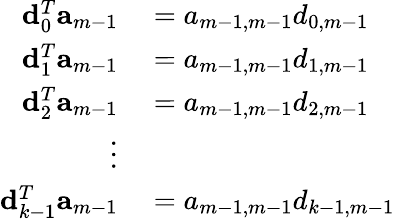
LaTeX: \begin{array}{rl}{{\mathbf d}_{0}^{T}{\mathbf a}_{m-1}}&{{}=a_{m-1,m-1}d_{0,m-1}}\\ {{\mathbf d}_{1}^{T}{\mathbf a}_{m-1}}&{{}=a_{m-1,m-1}d_{1,m-1}}\\ {{\mathbf d}_{2}^{T}{\mathbf a}_{m-1}}&{{}=a_{m-1,m-1}d_{2,m-1}}\\ {\vdots}\\ {{\mathbf d}_{k-1}^{T}{\mathbf a}_{m-1}}&{{}=a_{m-1,m-1}d_{k-1,m-1}}\end{array}